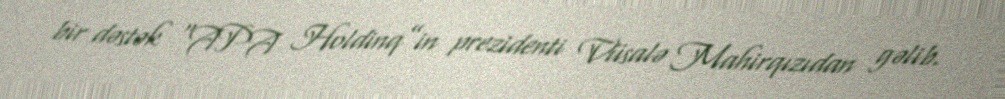
bir dəstək “APA Holdinq”in prezidenti Vüsalə Mahirqızıdan gəlib.